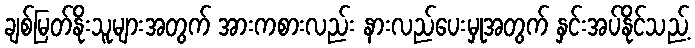
ချစ်မြတ်နိုးသူများအတွက် အားကစားလည်း နားလည်ပေးမှုအတွက် နှင်းအပ်နိုင်သည့်